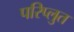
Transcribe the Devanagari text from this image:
परिप्लुत